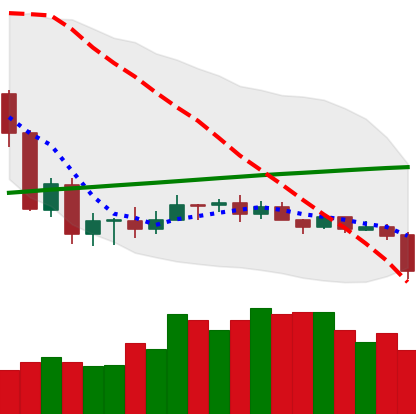
Ticker: ADA-USD
Chart end date: 2020-09-21
Forward return: 18.819%
Label: up_7plus